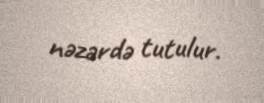
nəzərdə tutulur.